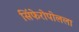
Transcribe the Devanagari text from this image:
सिंफेरोपोलला